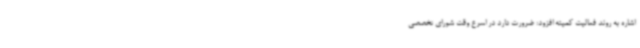
اشاره به روند فعالیت‌ کمیته افزود: ضرورت دارد در اسرع وقت شورای تخصصی